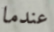
عندما